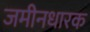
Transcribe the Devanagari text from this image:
जमीनधारक